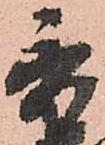
秀